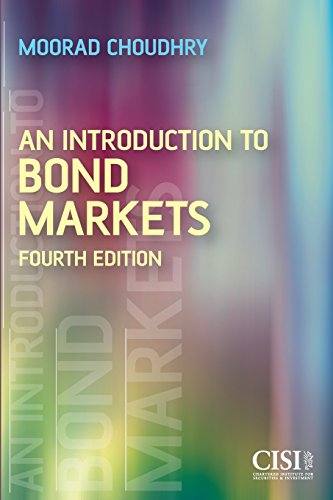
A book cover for An Introduction to Bond Markets; Moorad Choudhry; Business & Money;